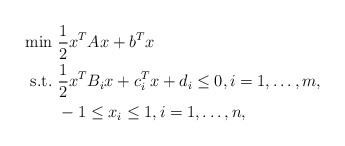
\begin{align*}\begin{aligned}\min&\ \frac{1}{2}x^TAx+b^Tx\\\mbox{s.t.}&\ \frac{1}{2}x^TB_ix+c_i^Tx+d_i\leq0,i=1,\dots,m,\\&\ -1\leq x_i \leq1, i=1,\dots,n,\end{aligned}\end{align*}